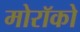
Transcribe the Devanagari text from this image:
मोरॉको